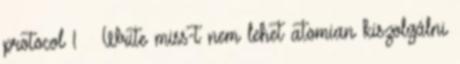
protocol 1 ● Write miss-t nem lehet atomian kiszolgálni